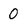
Character: 0